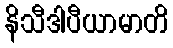
နိသီဒါပီယာမာတိ